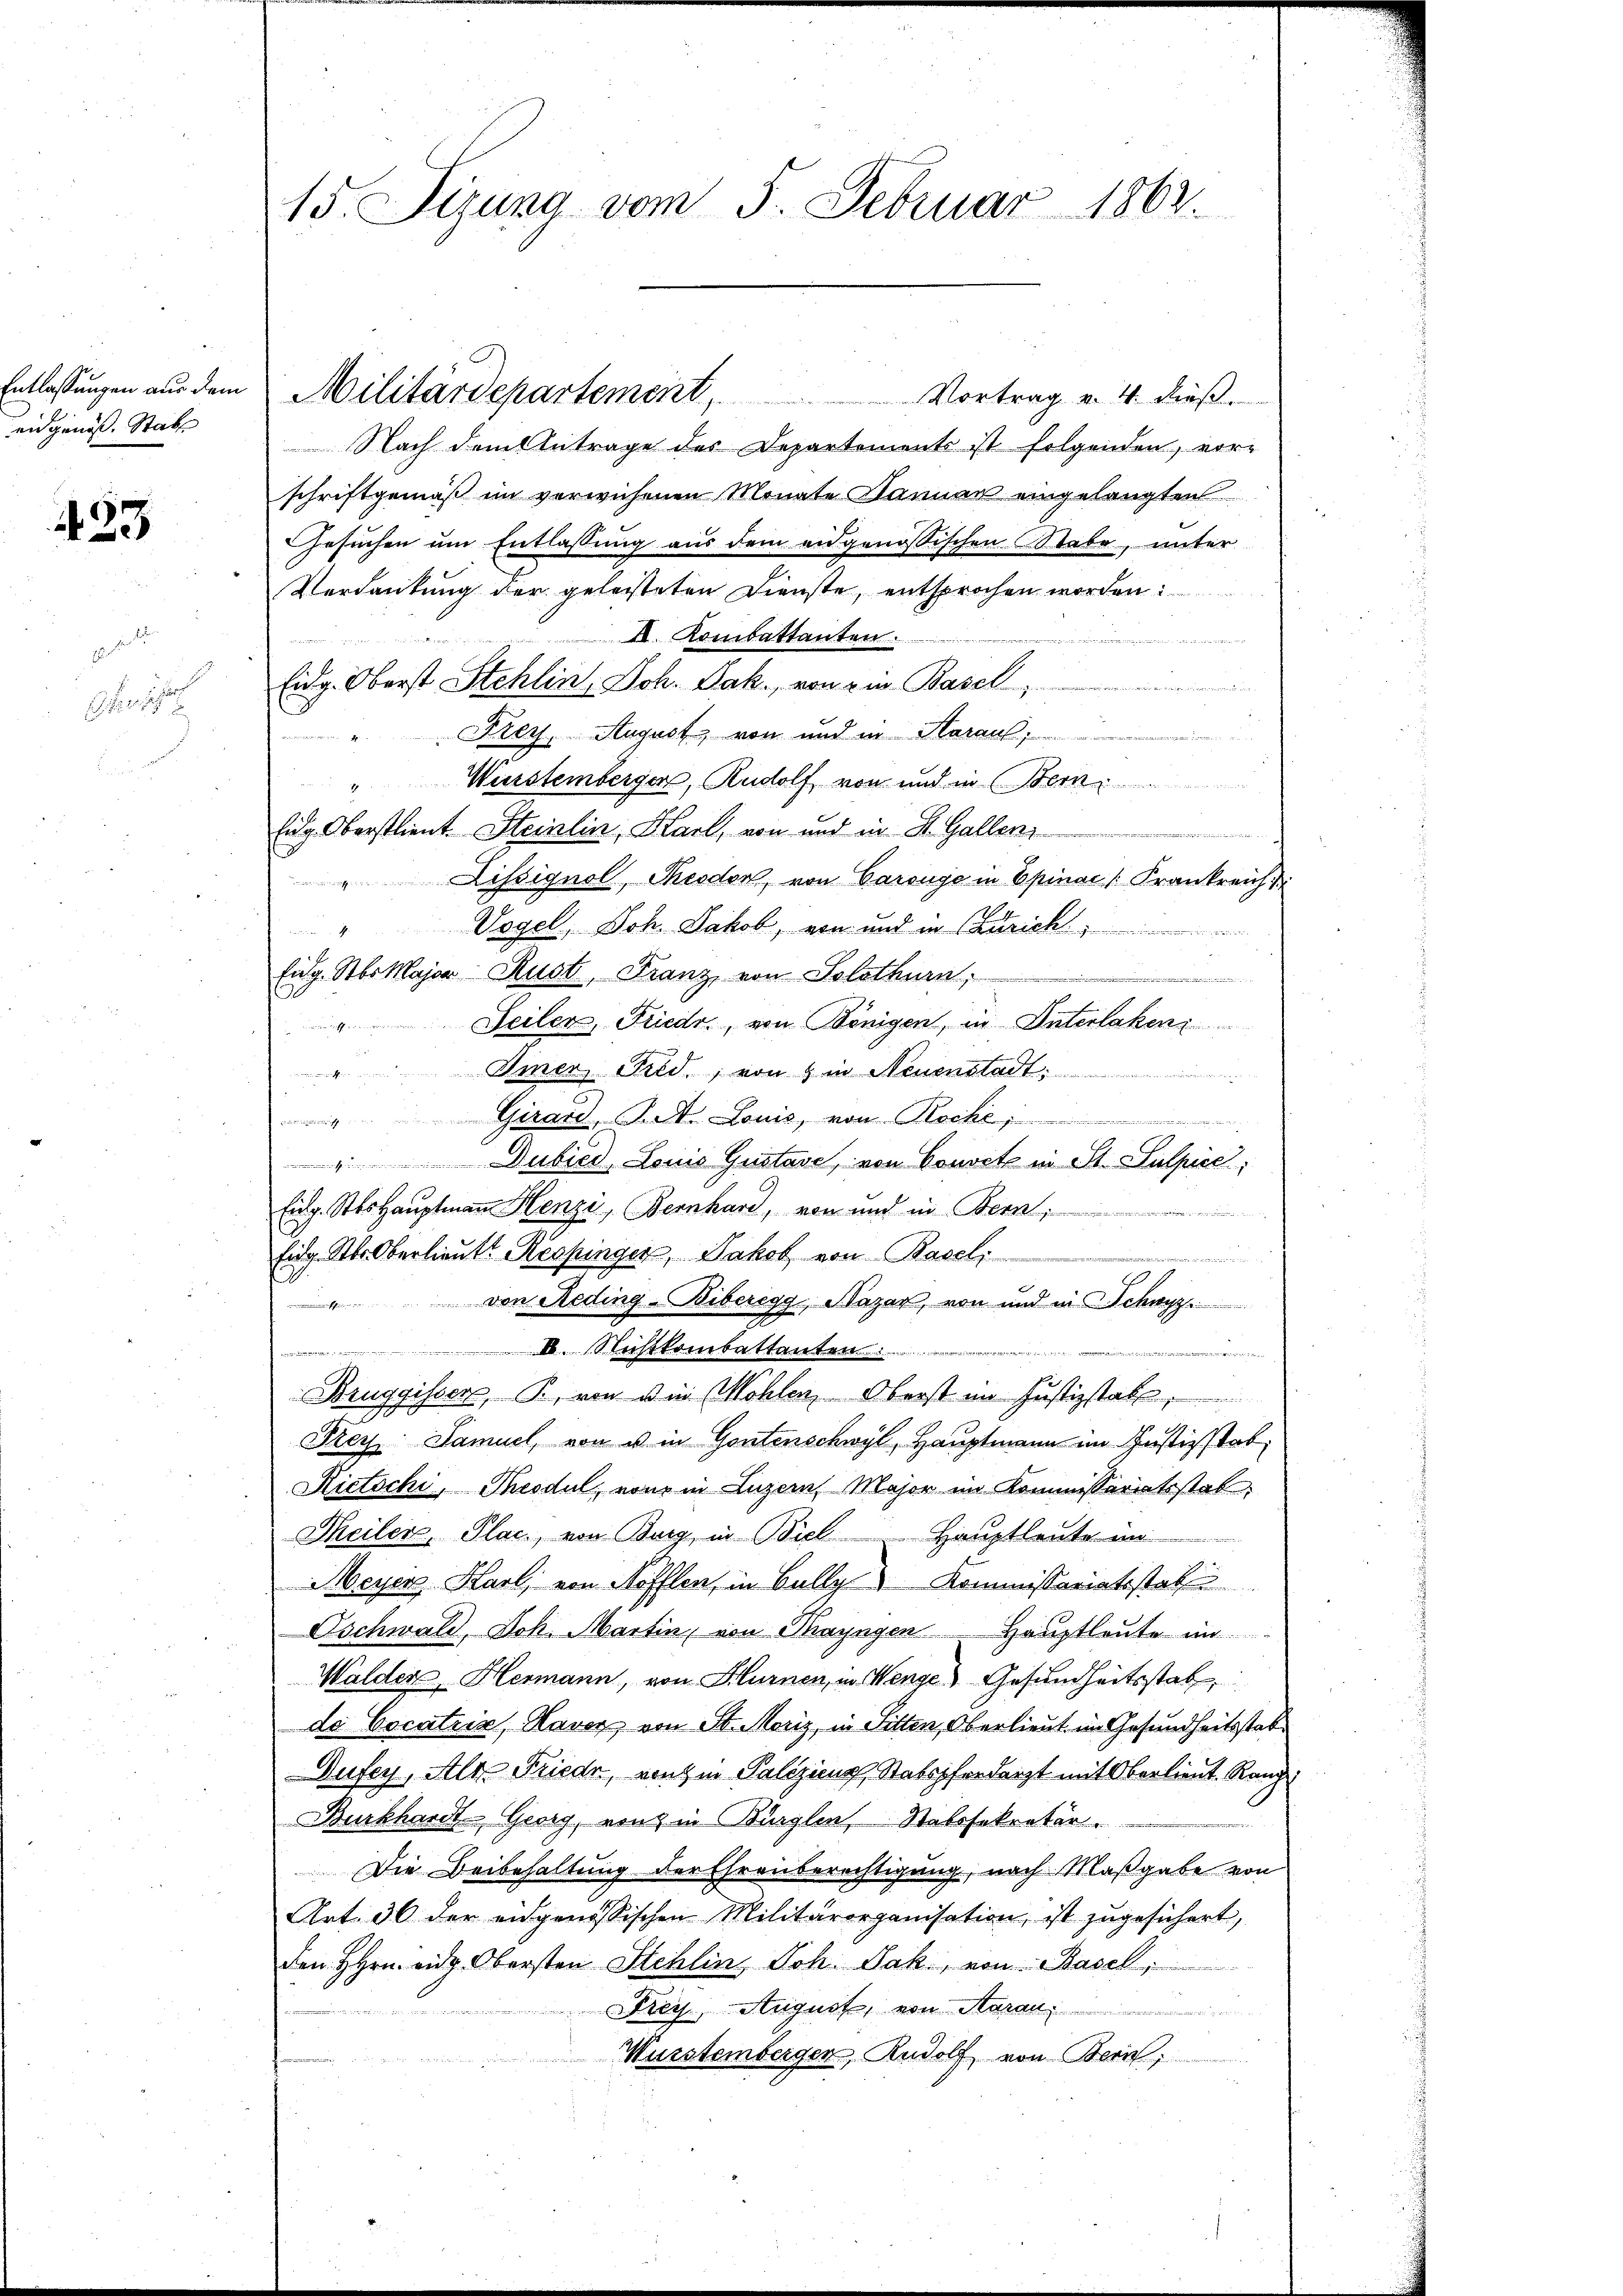
eidgenöss. Stabs

433

e

15. Sizung vom 5. Februar 1863.

Nach dem Antrage des Departements ist folgenden, vor-
schriftgemäß im verwichenen Monate Samnan eingelangten
Gesuchen um Entlassung aus dem angenössischen Stabe, unter
Verdankung der geleisteten Dienste, entsprochen worden.
I. Kombattanten.
ete des
Eidg. Oberst Stehlin, Joh. Jak. von ein Basel,
Frey. August, von und in Haraul
n
Wenstemberger, Rudolf von und in Bern
.
Eidg. Oberstlieut. Steinlin, Karl, von und in St. Galleni

Lissignol, Theodor, von Carouge in Epinac (Krankreich
m
Vogel, Joh. Jakob, von und in Curich

Eig. St. Major Rust, Franz, von Solothurn,
Seilen, Friedr., von Königen, in Unterlakeni
uglich er
Imer, Fild, von & in Neuenstadt:
Girard, S. A. Louis, von Roche
imm in sch
" Dubied, Louis Gustave, von Cousete in St. Sulpice,
Eidg. Stos Hauptmann Henzi, Bernhard, von und in Bern,

Eid. Ster Oberlieutt Respinger, Jakob von Basel
emmung
von Reding-Biberegg, Bazar, von und in Schwyz
e
IV. Nichtkombattanten.
a

Bruggisser, B. von die Möhlen, Oberst im Justizstabl
Sey: Samuel, von u in Gontenschwyl, Hauptmann im Justizstab
Rietschi, Theodul, von in Luzern Major im Kommissariatsstat
Theilen, Plac, von Burz, in Biel Hauptleute im
Meyerz Karl, von Höfflen, in Bally Kommissariatsstatt
Oschwald, Joh. Martin, von Thayngen Hauptleute im
Walder, Hermann, von Hlurnen, in Wenge Gesundheitsstat
de Cocatrix, Haver von St. Moriz, in Sitten, Oberlieut im Gesundheitsstabe
Gufer, Al. Friede, vinz in Palezicus, Stabspferdarzt mit Oberlieut. Rang
Burkhardt Georg, einz in Klaglen Ratssekretär.
Die Beibehaltung der Ehrenberechtigung, nach Maßgabe von
Art. 36 der eidgenössischen Militärorganisation, ist zŭgesichert,
den Hrn. eidg. Obersten Stehlin Joh. Jak., von Basel,
Frey, August, von Aarau
Wurstembergen, Rudolf von Bern,

Entlassŭngen aŭs dem Militärdepartement, Vortrag v. 4. dieβ.